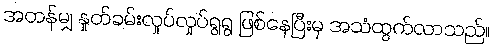
အတန်မျှ နှုတ်ခမ်းလှုပ်လှုပ်ရွရွ ဖြစ်နေပြီးမှ အသံထွက်လာသည်။